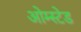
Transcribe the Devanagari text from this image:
ओम्स्टेड